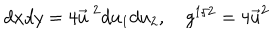
d x d y = 4 \vec { u } ^ { ~ 2 } d u _ { 1 } d u _ { 2 } , g ^ { 1 / 2 } = 4 \vec { u } ^ { 2 }